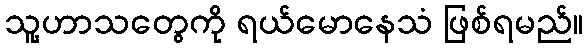
သူ့ဟာသတွေကို ရယ်မောနေသံ ဖြစ်ရမည်။